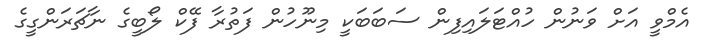
އެމްވީ އަށް ވަނުން ހުއްޓަލައިފިން ސަބަބަކީ މިނޫހުން ފަތުރާ ފޭކް ލޯބީގެ ނާޗަރަންގީގެ